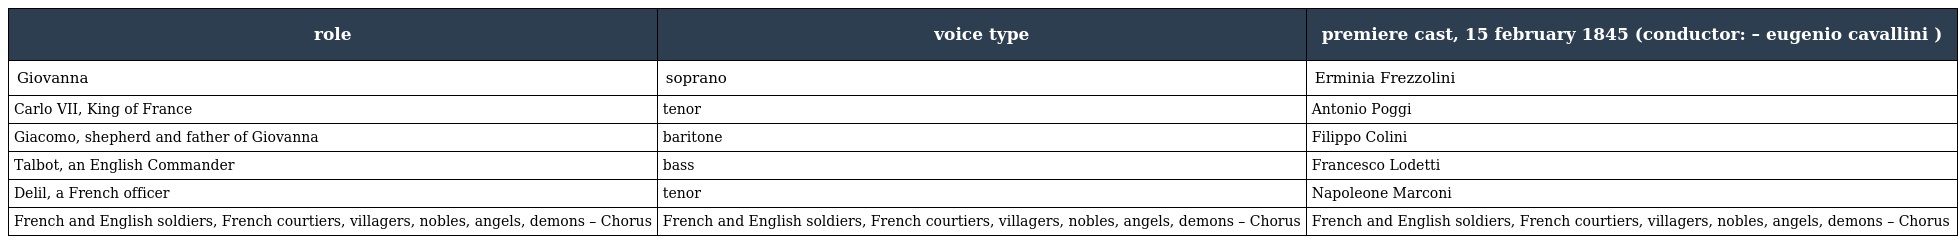
| role | voice type | premiere cast, 15 february 1845 (conductor: – eugenio cavallini ) |
 | --- | --- | --- |
 | Giovanna | soprano | Erminia Frezzolini |
 | Carlo VII, King of France | tenor | Antonio Poggi |
 | Giacomo, shepherd and father of Giovanna | baritone | Filippo Colini |
 | Talbot, an English Commander | bass | Francesco Lodetti |
 | Delil, a French officer | tenor | Napoleone Marconi |
 | French and English soldiers, French courtiers, villagers, nobles, angels, demons – Chorus | French and English soldiers, French courtiers, villagers, nobles, angels, demons – Chorus | French and English soldiers, French courtiers, villagers, nobles, angels, demons – Chorus |